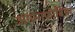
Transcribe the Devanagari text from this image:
अगोराफोबिया